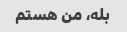
بله، من هستم